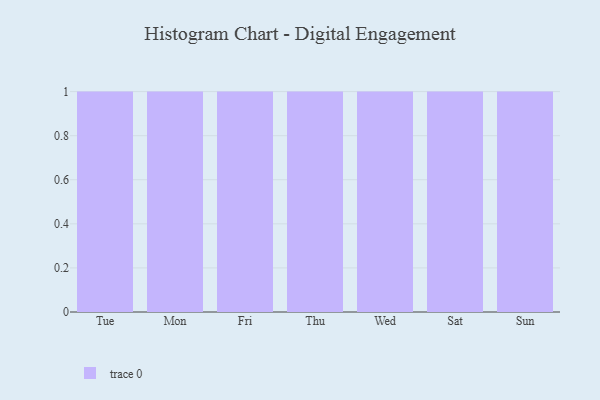
{"axis": {"x": "Day", "y": "LTV (USD)"}, "legend": [""], "data": [{"x": "Tue", "y": 34, "type": ""}, {"x": "Mon", "y": 27, "type": ""}, {"x": "Fri", "y": 5, "type": ""}, {"x": "Thu", "y": 24, "type": ""}, {"x": "Wed", "y": 90, "type": ""}, {"x": "Sat", "y": 96, "type": ""}, {"x": "Sun", "y": 37, "type": ""}]}